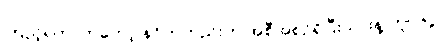
ကြည့်ရတာကတော့ နဂိုကတည်းက အစီအစဉ်ရှိပြီးသားနဲ့ တူပါရဲ့။